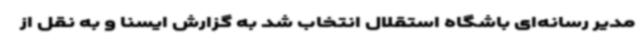
مدیر رسانه‌ای باشگاه استقلال انتخاب شد به گزارش ایسنا و به نقل از